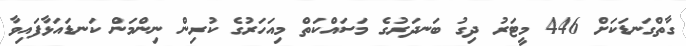
ގާތްގަނޑަކަށް 446 މީޓަރު ދިގު ބަނދަރުގެ މަސައްކަތް މިއަހަރުގެ ކުރިން ނިންމަން ކަނޑައަޅާފައިވާ